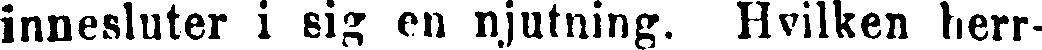
innesluter i sig en njutning. Hvilken herr-